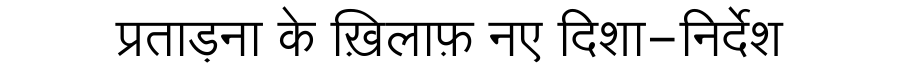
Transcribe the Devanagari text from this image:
प्रताड़ना के ख़िलाफ़ नए दिशा-निर्देश